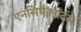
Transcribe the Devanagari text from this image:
एनसिफैलॉर्टस